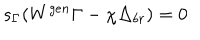
s _ { \Gamma } ( W ^ { g e n } \Gamma - \chi \Delta _ { b r } ) = 0